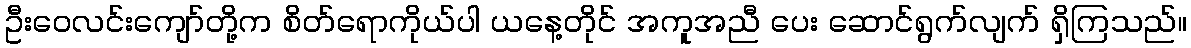
ဦးဝေလင်းကျော်တို့က စိတ်ရောကိုယ်ပါ ယနေ့တိုင် အကူအညီ ပေး ဆောင်ရွက်လျက် ရှိကြသည်။